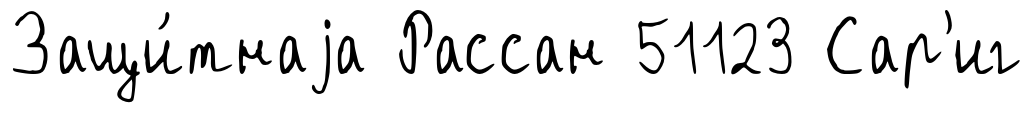
Защи́тнаjа Рассан 51123 Сар'иг